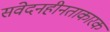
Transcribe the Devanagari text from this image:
संवेदनहीनताकारक